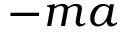
- m a